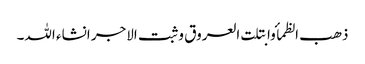
ذھب الظمأ وابتلت العروق وثبت الاجر انشاء اللہ۔